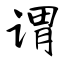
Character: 谓